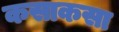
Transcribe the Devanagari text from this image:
कसाकसा